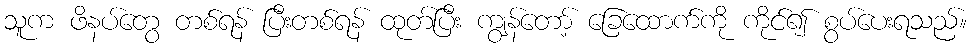
သူက ဖိနပ်တွေ တစ်ရန် ပြီးတစ်ရန် ထုတ်ပြီး ကျွန်တော့် ခြေထောက်ကို ကိုင်၍ စွပ်ပေးရသည်။